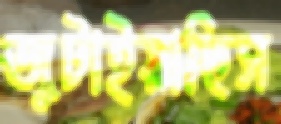
জুটাইয়াছিস